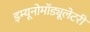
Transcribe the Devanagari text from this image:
इम्यूनोमॉड्यूलेटरी